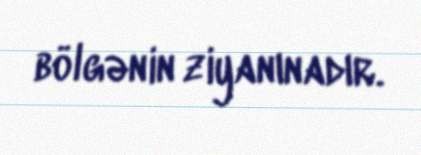
bölgənin ziyanınadır.